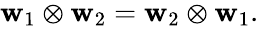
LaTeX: \begin{array}{r}{\mathbf{w}_{1}\otimes\mathbf{w}_{2}=\mathbf{w}_{2}\otimes\mathbf{w}_{1}.}\end{array}